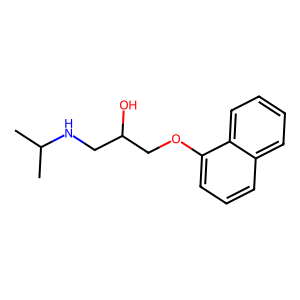
SMILES: CC(C)NCC(O)COc1cccc2ccccc12
Inhibits HIV replication: No